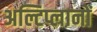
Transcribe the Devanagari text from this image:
अल्टिप्लानों